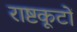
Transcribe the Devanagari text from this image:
राष्टकूटों